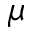
\mu